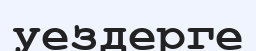
уездерге